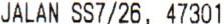
JALAN SS7/26, 47301